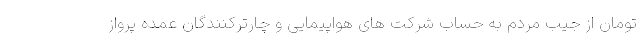
تومان از جیب مردم به حساب شرکت های هواپیمایی و چارترکنندگان عمده پرواز